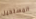
المستحيل